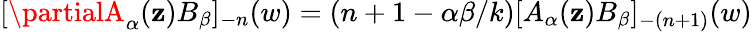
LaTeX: [\partialA_{\alpha}(\mathbf{z})B_{\beta}]_{-n}(w)=(n+1-\alpha\beta/k)[A_{\alpha}(\mathbf{z})B_{\beta}]_{-(n+1)}(w)